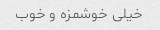
خیلی خوشمزه و خوب